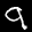
Label: 9